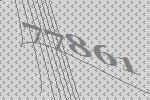
77861